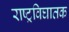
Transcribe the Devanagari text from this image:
राष्ट्रविघातक